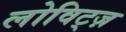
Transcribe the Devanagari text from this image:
लोविट्ज़